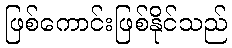
ဖြစ်ကောင်းဖြစ်နိုင်သည်